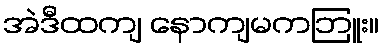
အဲဒီထကျ နောကျမကဘြူး။